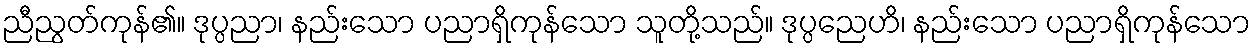
ညီညွတ်ကုန်၏။ ဒုပ္ပညာ၊ နည်းသော ပညာရှိကုန်သော သူတို့သည်။ ဒုပ္ပညေဟိ၊ နည်းသော ပညာရှိကုန်သော